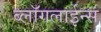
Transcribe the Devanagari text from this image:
ब्लॉगलाईन्स